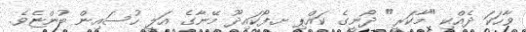
ވާހަކަ ދެއްކި "މާކަރީ" ދޯނީގެ ކައްޕި ށ.ފޯކައިދޫ މޭނާގެ އަލީ ހުސައިން ބުންޏެވެ.